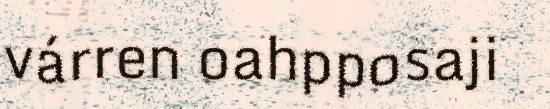
várren oahpposaji